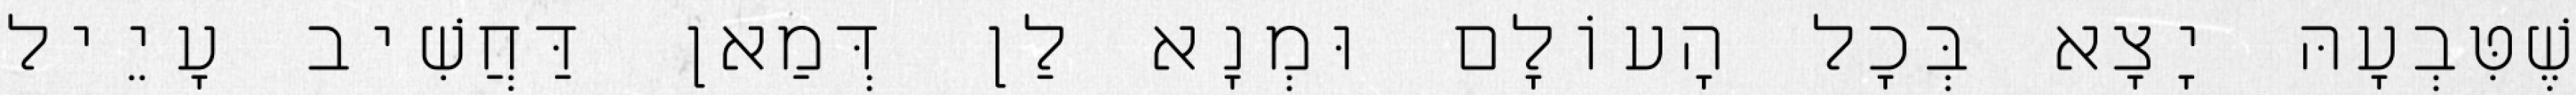
שֶׁטִּבְעָהּ יָצָא בְּכׇל הָעוֹלָם וּמְנָא לַן דְּמַאן דַּחֲשִׁיב עָיֵיל